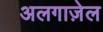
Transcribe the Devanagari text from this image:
अलगाज़ेल